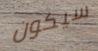
سيكون